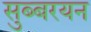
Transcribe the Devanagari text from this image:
सुब्बरयन